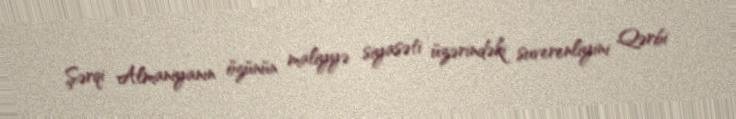
Şərqi Almaniyanın özünün maliyyə siyasəti üzərindəki suverenliyini Qərbi